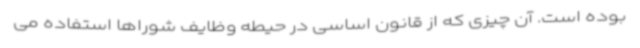
بوده است. آن چیزی که از قانون اساسی در حیطه وظایف شوراها استفاده می